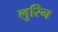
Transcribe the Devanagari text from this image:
लुरिन